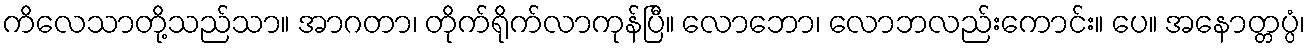
ကိလေသာတို့သည်သာ။ အာဂတာ၊ တိုက်ရိုက်လာကုန်ပြီ။ လောဘော၊ လောဘလည်းကောင်း။ ပေ။ အနောတ္တပ္ပံ၊